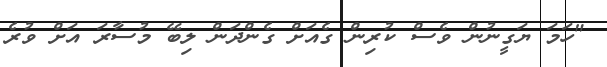
"ހަމަ ޔަގީނުން ވެސް ކުރިން ގެއަށް ގެންދަން ލިބޭ މުސާރަ އަށް ވުރެ